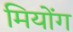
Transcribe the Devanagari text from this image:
मियोंग